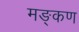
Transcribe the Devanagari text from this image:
मङ्कण